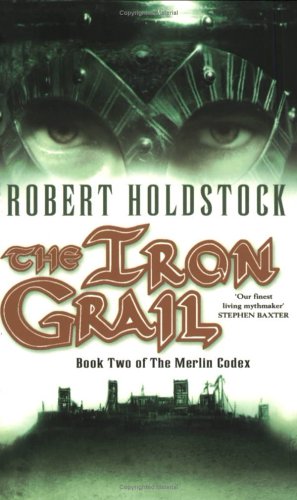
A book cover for The Iron Grail (Merlin Codex); Robert Holdstock; Science Fiction & Fantasy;